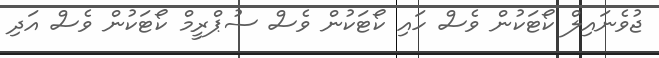
ޖުވެނައިލް ކޯޓަކުން ވެސް ހައި ކޯޓަކުން ވެސް ސުޕްރީމް ކޯޓަކުން ވެސް އަދި